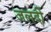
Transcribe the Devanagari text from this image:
जलदीं